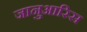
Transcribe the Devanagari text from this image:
जानुआरिस